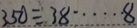
3 5 0 \div 3 8 \cdots 8